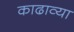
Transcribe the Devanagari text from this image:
काढाव्या